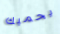
يحميك